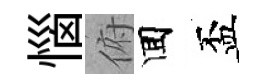
惱俯囬盃